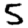
Digit: 5